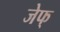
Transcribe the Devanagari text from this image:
जेफ्